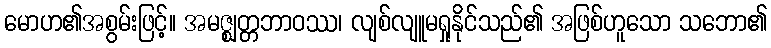
မောဟ၏အစွမ်းဖြင့်။ အမဇ္ဈတ္တဘာဝဿ၊ လျစ်လျူမရှုနိုင်သည်၏ အဖြစ်ဟူသော သဘော၏